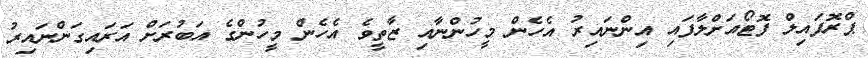
ޕްރޮފައިލް ފޮޓޯއަށްލާފައި އިންނައިރު އެހެން މީހުންނާއި ޒާތީވެ އެހެން މީހުންގެ އަބުރަށް އަރައިގަންނައިރު